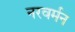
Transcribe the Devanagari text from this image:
नरवर्मन